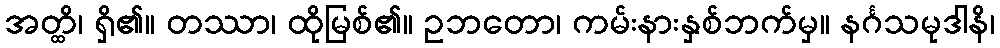
အတ္ထိ၊ ရှိ၏။ တဿာ၊ ထိုမြစ်၏။ ဥဘတော၊ ကမ်းနားနှစ်ဘက်မှ။ နင်္ဂသမုဒါနိ၊